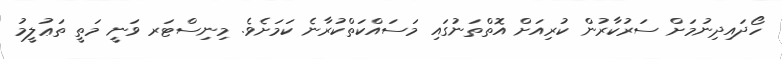
ހޯދައިދިނުމަށް ސަރުކާރުން ކުރިއަށް އޮތްތަނުގައި މަސައްކަތްކުރާނެ ކަމަށެވެ. މިނިސްޓަރ ވަނީ މަތީ ތަޢުލީމު